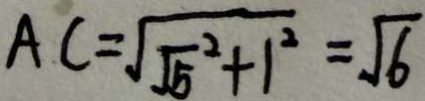
A C = \sqrt { \sqrt { 5 } ^ { 2 } + 1 ^ { 2 } } = \sqrt { 6 }